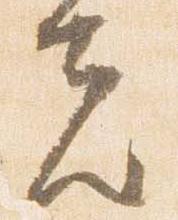
者